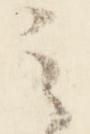
之